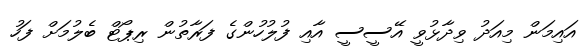
އައިމަން މިއަދު ވިދާޅުވީ އޭސީސީ އާއި ފުލުހުންގެ ފަރާތުން ރިޕޯޓް ބެލުމަށް ފަހު